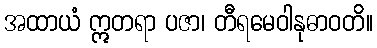
အထာယံ ဣတရာ ပဇာ၊ တီရမေဝါနုဓာဝတိ။